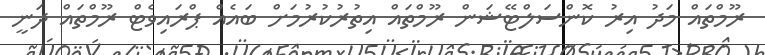
ރޫމްތައް މަދު އިރު ކޮންސަލްޓޭޝަން ރޫމްތައް އިތުރުކުރުމަށް ބައެއް ޕްރައިވެޓް ރޫމްތައް ދަނީ